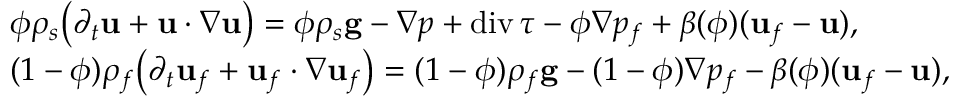
\begin{array} { r l } & { \phi \rho _ { s } \big ( \partial _ { t } { \bf u } + { \bf u } \boldsymbol { \cdot } \nabla { \bf u } \big ) = \phi \rho _ { s } { \bf g } - \nabla p + \mathrm { d i v } \, \boldsymbol { \tau } - \phi \nabla p _ { f } + \beta ( \phi ) ( { \bf u } _ { f } - { \bf u } ) , } \\ & { ( 1 - \phi ) \rho _ { f } \big ( \partial _ { t } { \bf u } _ { f } + { \bf u } _ { f } \boldsymbol { \cdot } \nabla { \bf u } _ { f } \big ) = ( 1 - \phi ) \rho _ { f } { \bf g } - ( 1 - \phi ) \nabla p _ { f } - \beta ( \phi ) ( { \bf u } _ { f } - { \bf u } ) , } \end{array}